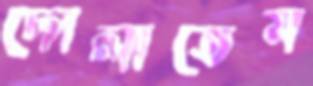
দোলাতেম